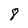
Character: 8